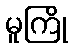
မူကြို